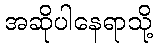
အဆိုပါနေရာသို့